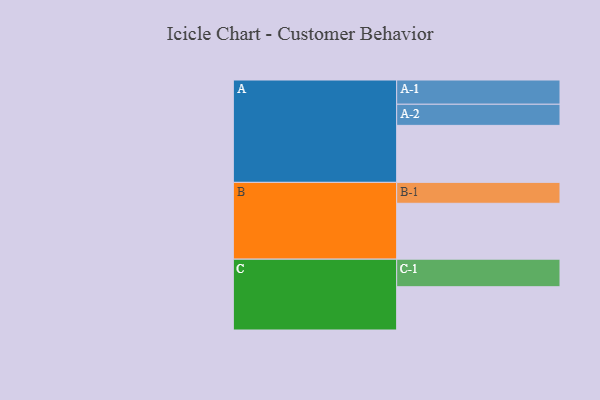
{"axis": {"x": "Segment", "y": "Value"}, "legend": ["", "A", "B", "C"], "data": [{"x": "A", "y": 515, "type": ""}, {"x": "B", "y": 505, "type": ""}, {"x": "C", "y": 391, "type": ""}, {"x": "A-1", "y": 219, "type": "A"}, {"x": "A-2", "y": 191, "type": "A"}, {"x": "B-1", "y": 189, "type": "B"}, {"x": "C-1", "y": 249, "type": "C"}]}